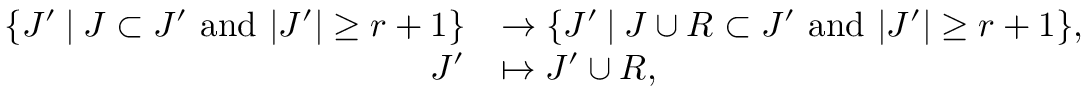
\begin{array} { r l } { \{ J ^ { \prime } \: \vert \: J \subset J ^ { \prime } \mathrm { ~ a n d ~ } \lvert J ^ { \prime } \rvert \geq r + 1 \} } & { \to \{ J ^ { \prime } \: \vert \: J \cup R \subset J ^ { \prime } \mathrm { ~ a n d ~ } \lvert J ^ { \prime } \rvert \geq r + 1 \} , } \\ { J ^ { \prime } } & { \mapsto J ^ { \prime } \cup R , } \end{array}